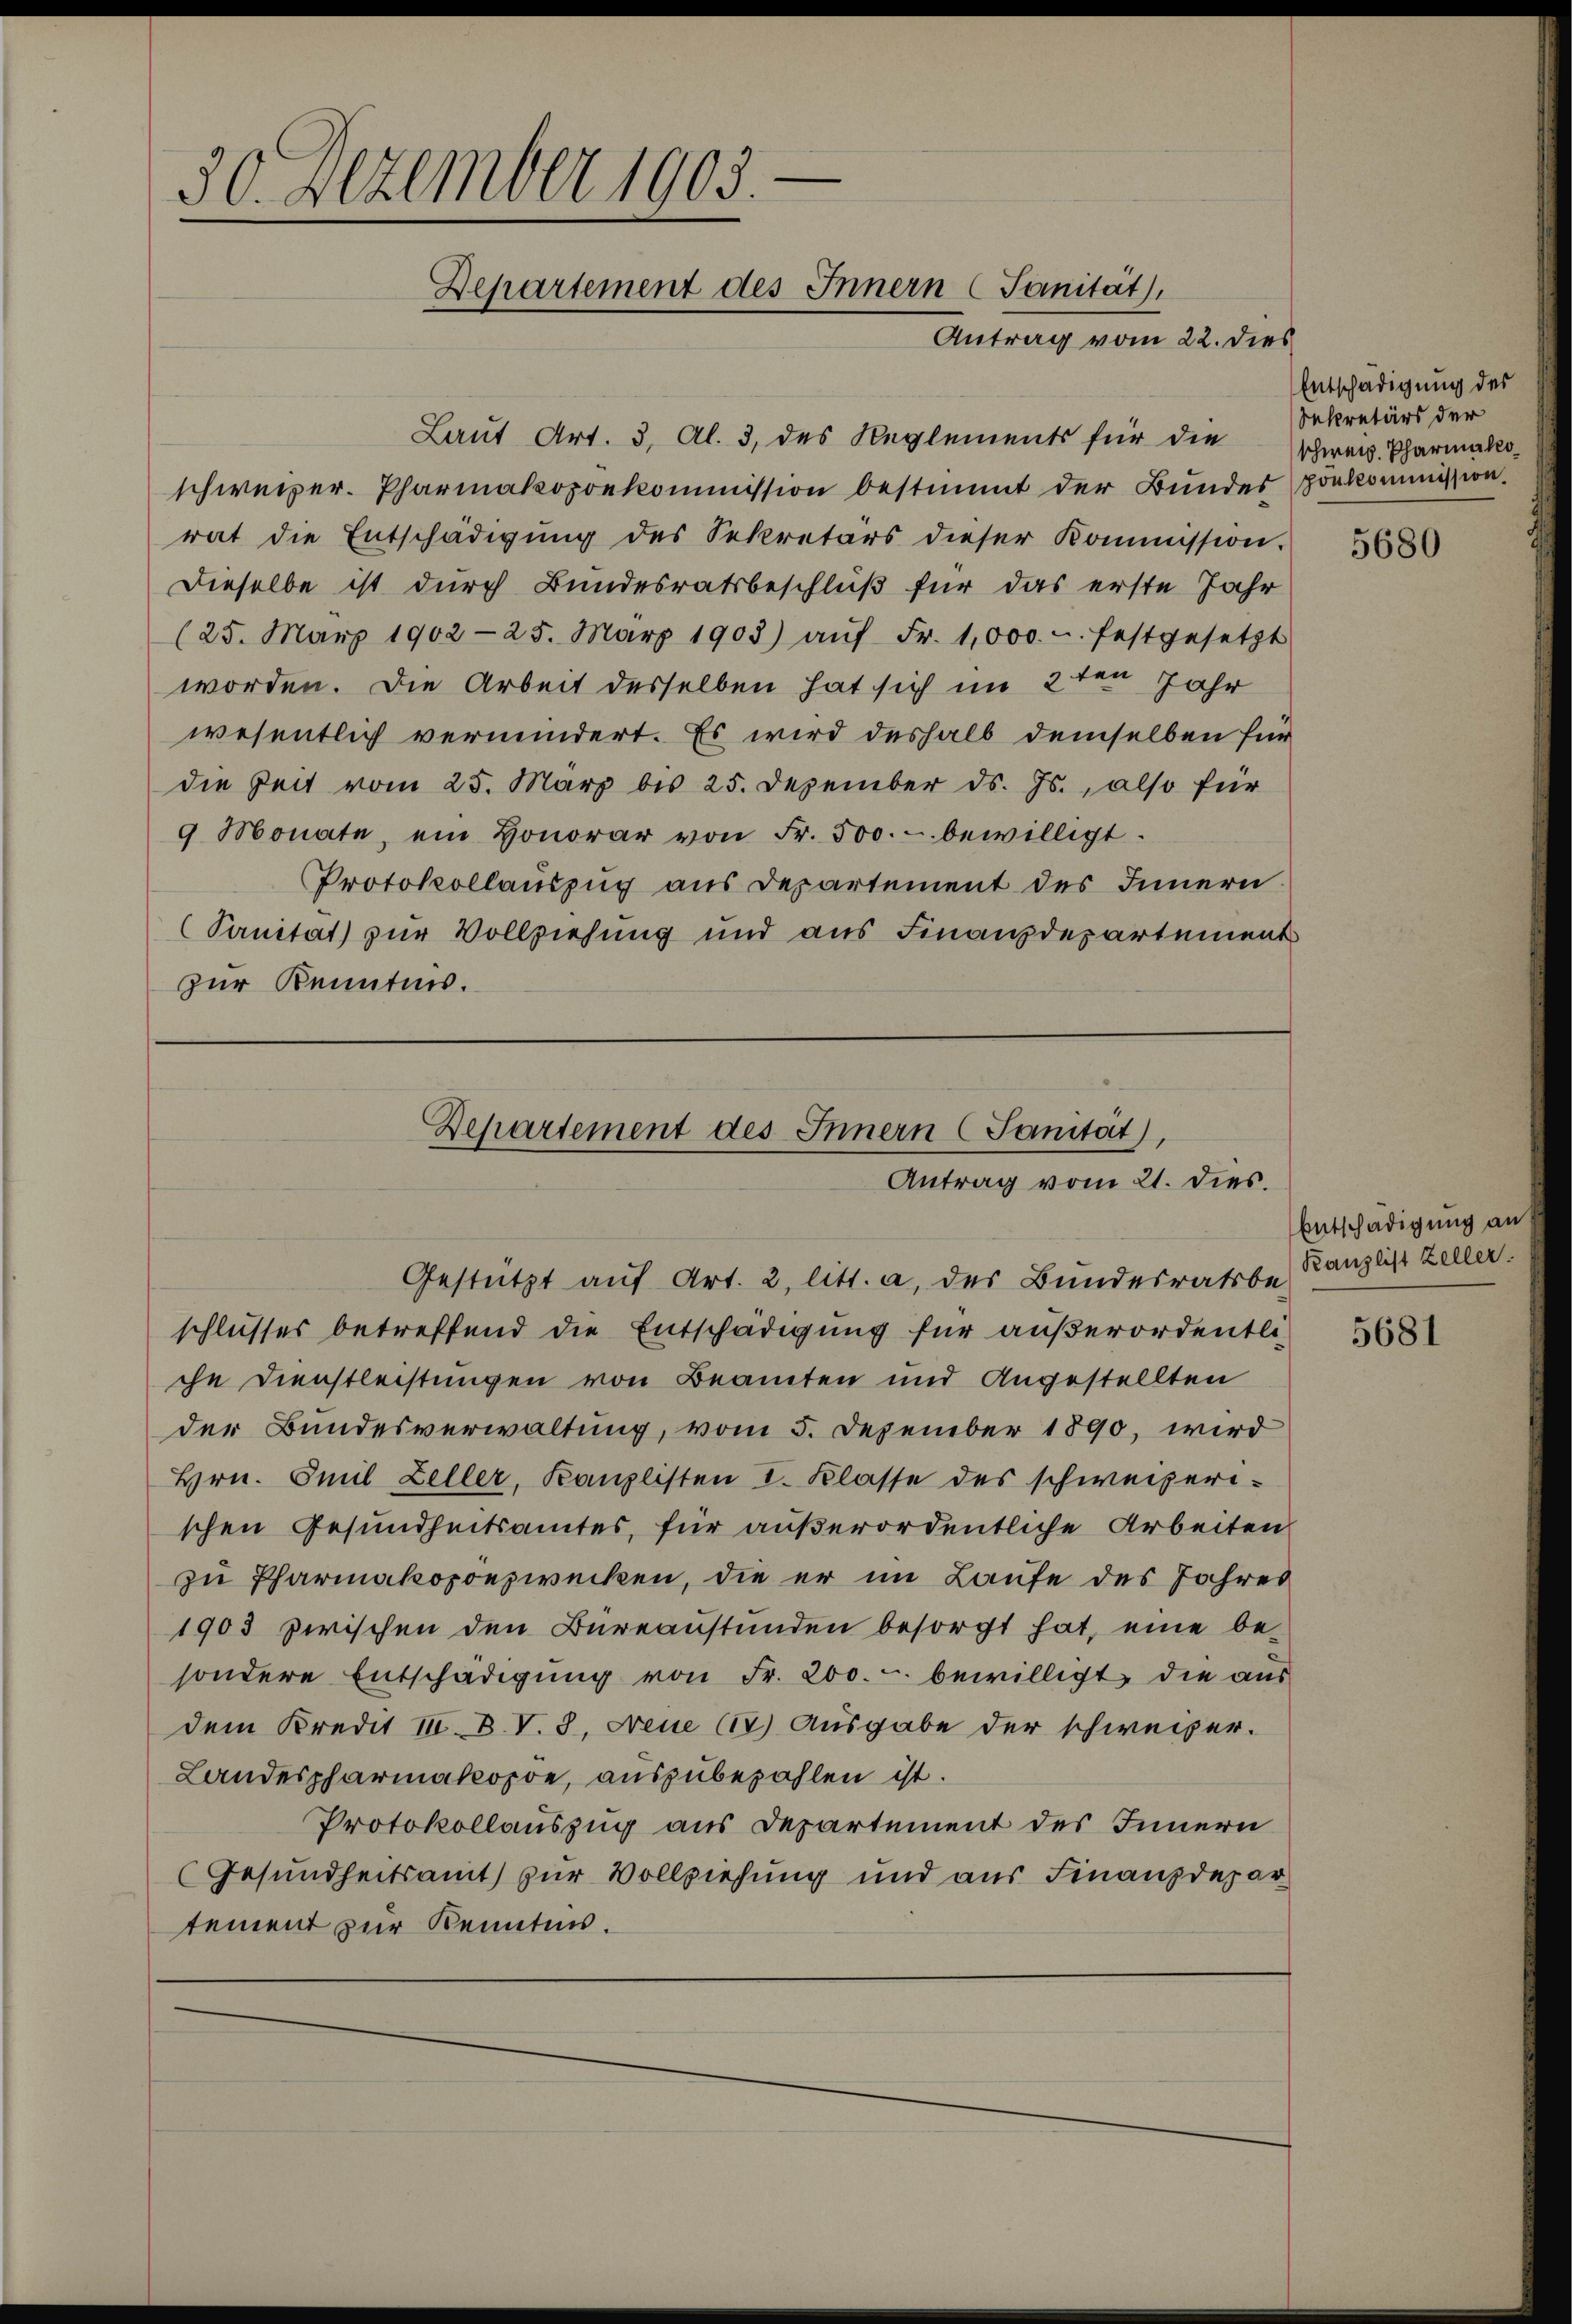
30. Dezember 1905.
Departement des Innern (Sanität,
Antrag vom 22. dies

Laut Art. 3, Al. 3, des Reglements für die Schweiz. Pharmakoschweizer. Pharmakopöekommission bestimmt der Bundes porkommission.
rat die Entschädigŭng des Sekretärs dieser Kommission.
Dieselbe ist durch Bundesratsbeschluß für das erste Jahr
(25. März 1902 -25. März 1903) aŭf Fr. 1,000 u. festgesetzt
worden. Die Arbeit desselben hat sich im 2ten Jahr
wesentlich vermindert. Es wird deshalb demselben für
die Zeit vom 25. März bis 25. Dezember ds. Js., also für
9 Monate, ein Honorar von Fr. 500.- bewilligt.
Protokollauszug aus Departement des Innern
(Sanität) zur Vollziehung und aus Finanzdepartement
zur Kenntnis.

Gestützt auf Art. 2, litt. a, des Bundesrathe Kanzlist Zeller.
schlusses betreffend die Entschädigung für außerordentliche Dienstleistungen von Beamten und Angestellten
der Bundesverwaltung, vom 5. Dezember 1890, wird
Hrn. Emil Zeller, Kanzlisten I. Klasse des schweizeri-
schen Gesundheitsamtes, für außerordentliche Arbeiten
zu Pharmakopönzwecken, die er im Laufe des Jahres
1903 zwischen den Büreaustünden besorgt hat, eine be-
sondere Entschädigung von Fr. 200.- bewilligt die aus
dem Kredit III. B. V. 3, Neue (17) Ausgabe der schweizer.
Landespharmakopoe, auszubezahlen ist.
Protokollauszug aus Departement des Innern
Gesundheitsamt zur Vollziehung und aus Finanzdepartement zur Kenntnis.

Departement des Innern (Sanität),
Antrag vom 21. dies.

Entschädigung des
Sekretärs der

5680

Entschädigung an

5681